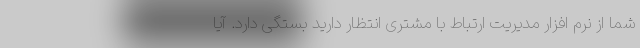
شما از نرم افزار مدیریت ارتباط با مشتری انتظار دارید بستگی دارد. آیا